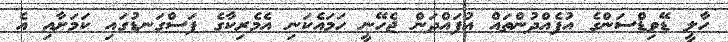
ހާލީ ޑޭވިޑްސަންގެ އުފެއްދުންތައް އުފައްދަން ޖެހޭނީ ހަމައެކަނި އެމެރިކާގެ ފަސްގަނޑުގައި ކަމަށާއި އެ